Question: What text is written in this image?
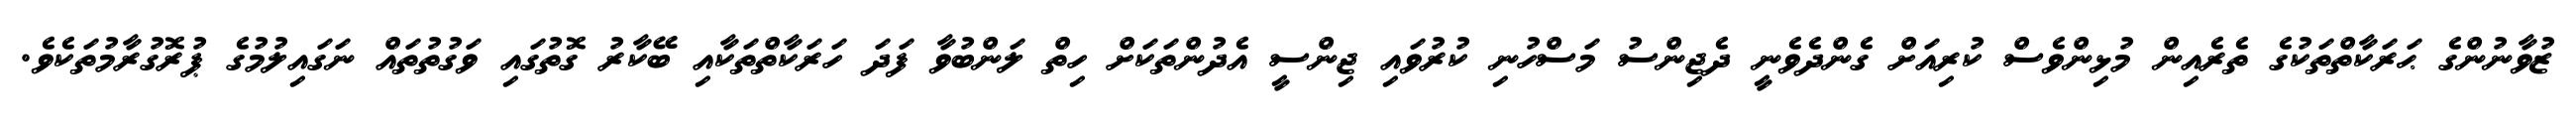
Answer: ޒުވާނުންގެ ޙަރަކާތްތަކުގެ ތެރެއިން މުޅިންވެސް ކުރިއަށް ގެންދެވެނީ ދެޖިންސު މަސްހުނި ކުރުވައި ޖިންސީ އެދުންތަކަށް ހިތް ލަންބުވާ ފަދަ ހަރަކާތްތަކާއި ބޭކާރު ގޮތުގައި ވަގުތުތައް ނަގައިލުމުގެ ޕުރޮގުރާމުތަކެވެ.